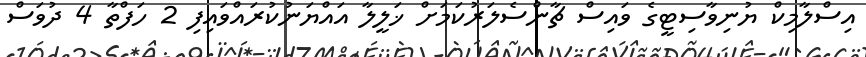
އިސްލާމިކް ޔުނިވާސިޓީގެ ވައިސް ޗާންސެލަރުކަމަށް ޚަލީލާ އައްޔަނުކުރައްވައިފި 2 ހަފްތާ 4 ދުވަސް